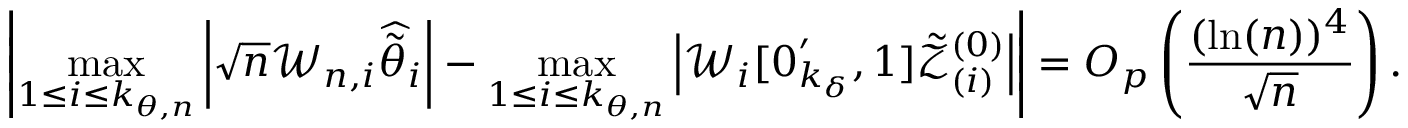
\left\vert \operatorname* { m a x } _ { 1 \leq i \leq k _ { \theta , n } } \left\vert \sqrt { n } \mathcal { W } _ { n , i } \widehat { \tilde { \theta } } _ { i } \right\vert - \operatorname* { m a x } _ { 1 \leq i \leq k _ { \theta , n } } \left\vert \mathcal { W } _ { i } [ \boldsymbol { 0 } _ { k _ { \delta } } ^ { \prime } , 1 ] \mathcal { \tilde { Z } } _ { ( i ) } ^ { ( 0 ) } \right\vert \right\vert = O _ { p } \left( \frac { ( \ln ( n ) ) ^ { 4 } } { \sqrt { n } } \right) .